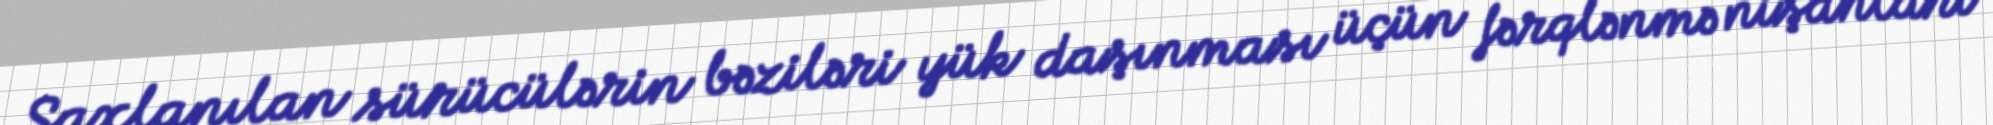
Saxlanılan sürücülərin bəziləri yük daşınması üçün fərqlənmə nişanları